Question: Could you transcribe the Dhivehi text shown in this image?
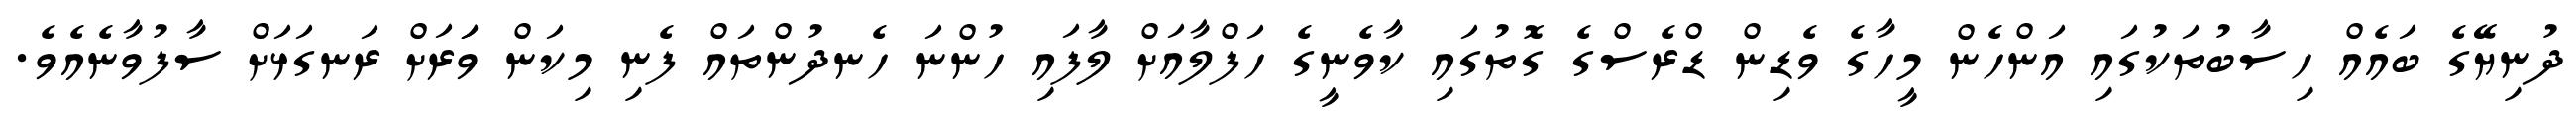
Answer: ދުނިޔޭގެ ބައެއް ހިސާބުތަކުގައި އަންހެން މީހާގެ ވެޑިން ޑްރެސްގެ ގޮތުގައި ކާވެނީގެ ހަފްލާއަށް ލާފައި ހުންނަ ހެނދުންތައް ފެނި މިކަން ވަަރަށް ރަނގަޅަށް ސާފުވާނެއެވެ.